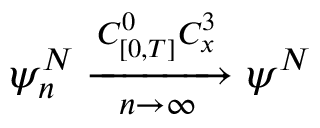
\psi _ { n } ^ { N } \xrightarrow [ n \rightarrow \infty ] { C _ { [ 0 , T ] } ^ { 0 } C _ { x } ^ { 3 } } \psi ^ { N }